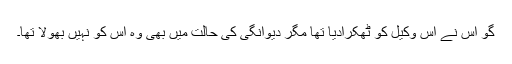
گو اس نے اس وکیل کو ٹھکرادیا تھا مگر دیوانگی کی حالت میں بھی وہ اس کو نہیں بُھولا تھا۔